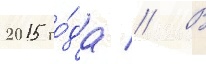
2015 го́да // В